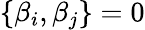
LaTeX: \left\{ \beta_{i},\beta_{j}\right\} =0